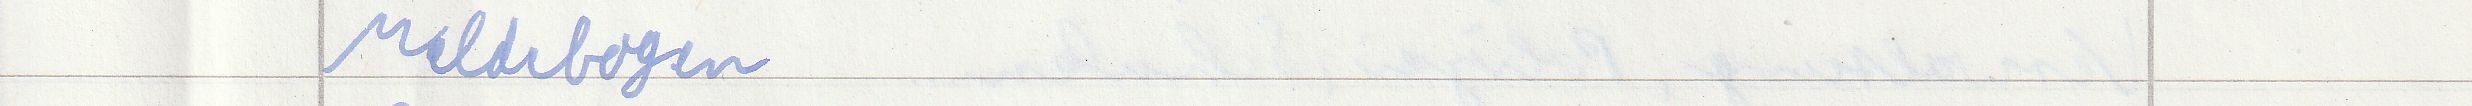
Meldebogen